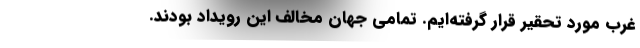
غرب مورد تحقیر قرار گرفته‌ایم. تمامی جهان مخالف این رویداد بودند.